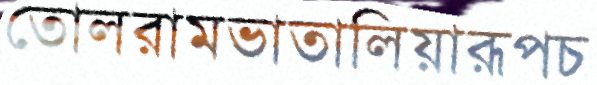
তোলরামভাতালিয়ারূপচ